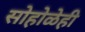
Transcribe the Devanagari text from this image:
सोहोळेही